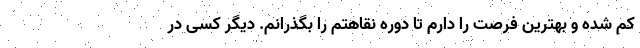
کم شده و بهترین فرصت را دارم تا دوره نقاهتم را بگذرانم. دیگر کسی در